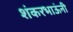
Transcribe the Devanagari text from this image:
शंकरभाऊंनी